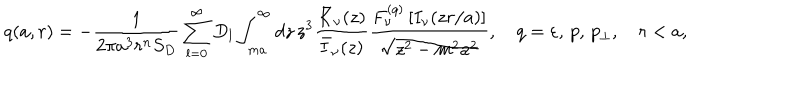
q ( a , r ) = - \frac { 1 } { 2 \pi a ^ { 3 } r ^ { n } S _ { D } } \sum _ { l = 0 } ^ { \infty } D _ { l } \int _ { m a } ^ { \infty } d z \, z ^ { 3 } \frac { \bar { K } _ { \nu } ( z ) } { \bar { I } _ { \nu } ( z ) } \frac { F _ { \nu } ^ { ( q ) } \left[ I _ { \nu } ( z r / a ) \right] } { \sqrt { z ^ { 2 } - m ^ { 2 } a ^ { 2 } } } , \quad q = \varepsilon , \, p , \, p _ { \perp } , \quad r < a ,